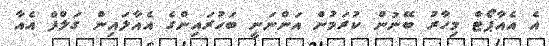
އެ އެއާޕޯޓް މިހާރު ބޭނުން ކުރަމުން އަންނަނީ ބަހުރައިންގެ އެއާލައިން ގަލްފް އެއާ